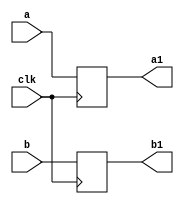
`timescale 1ns / 1ps
//////////////////////////////////////////////////////////////////////////////////
// Company: 
// Engineer: 
// 
// Design Name: 
// Module Name:    buf4 
// Project Name: 
// Target Devices: 
// Tool versions: 
// Description: 
//
// Dependencies: 
//
// Revision: 
// Revision 0.01 - File Created
// Additional Comments: 
//
//////////////////////////////////////////////////////////////////////////////////
module buf49(
    input [8:0] a,
    input [8:0] b,
    input clk,
    output reg [8:0] a1,
    output reg [8:0] b1
    );

always @(posedge clk) begin
a1<=a;
b1<=b;
end

endmodule